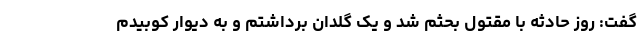
گفت: روز حادثه با مقتول بحثم شد و یک گلدان برداشتم و به دیوار کوبیدم